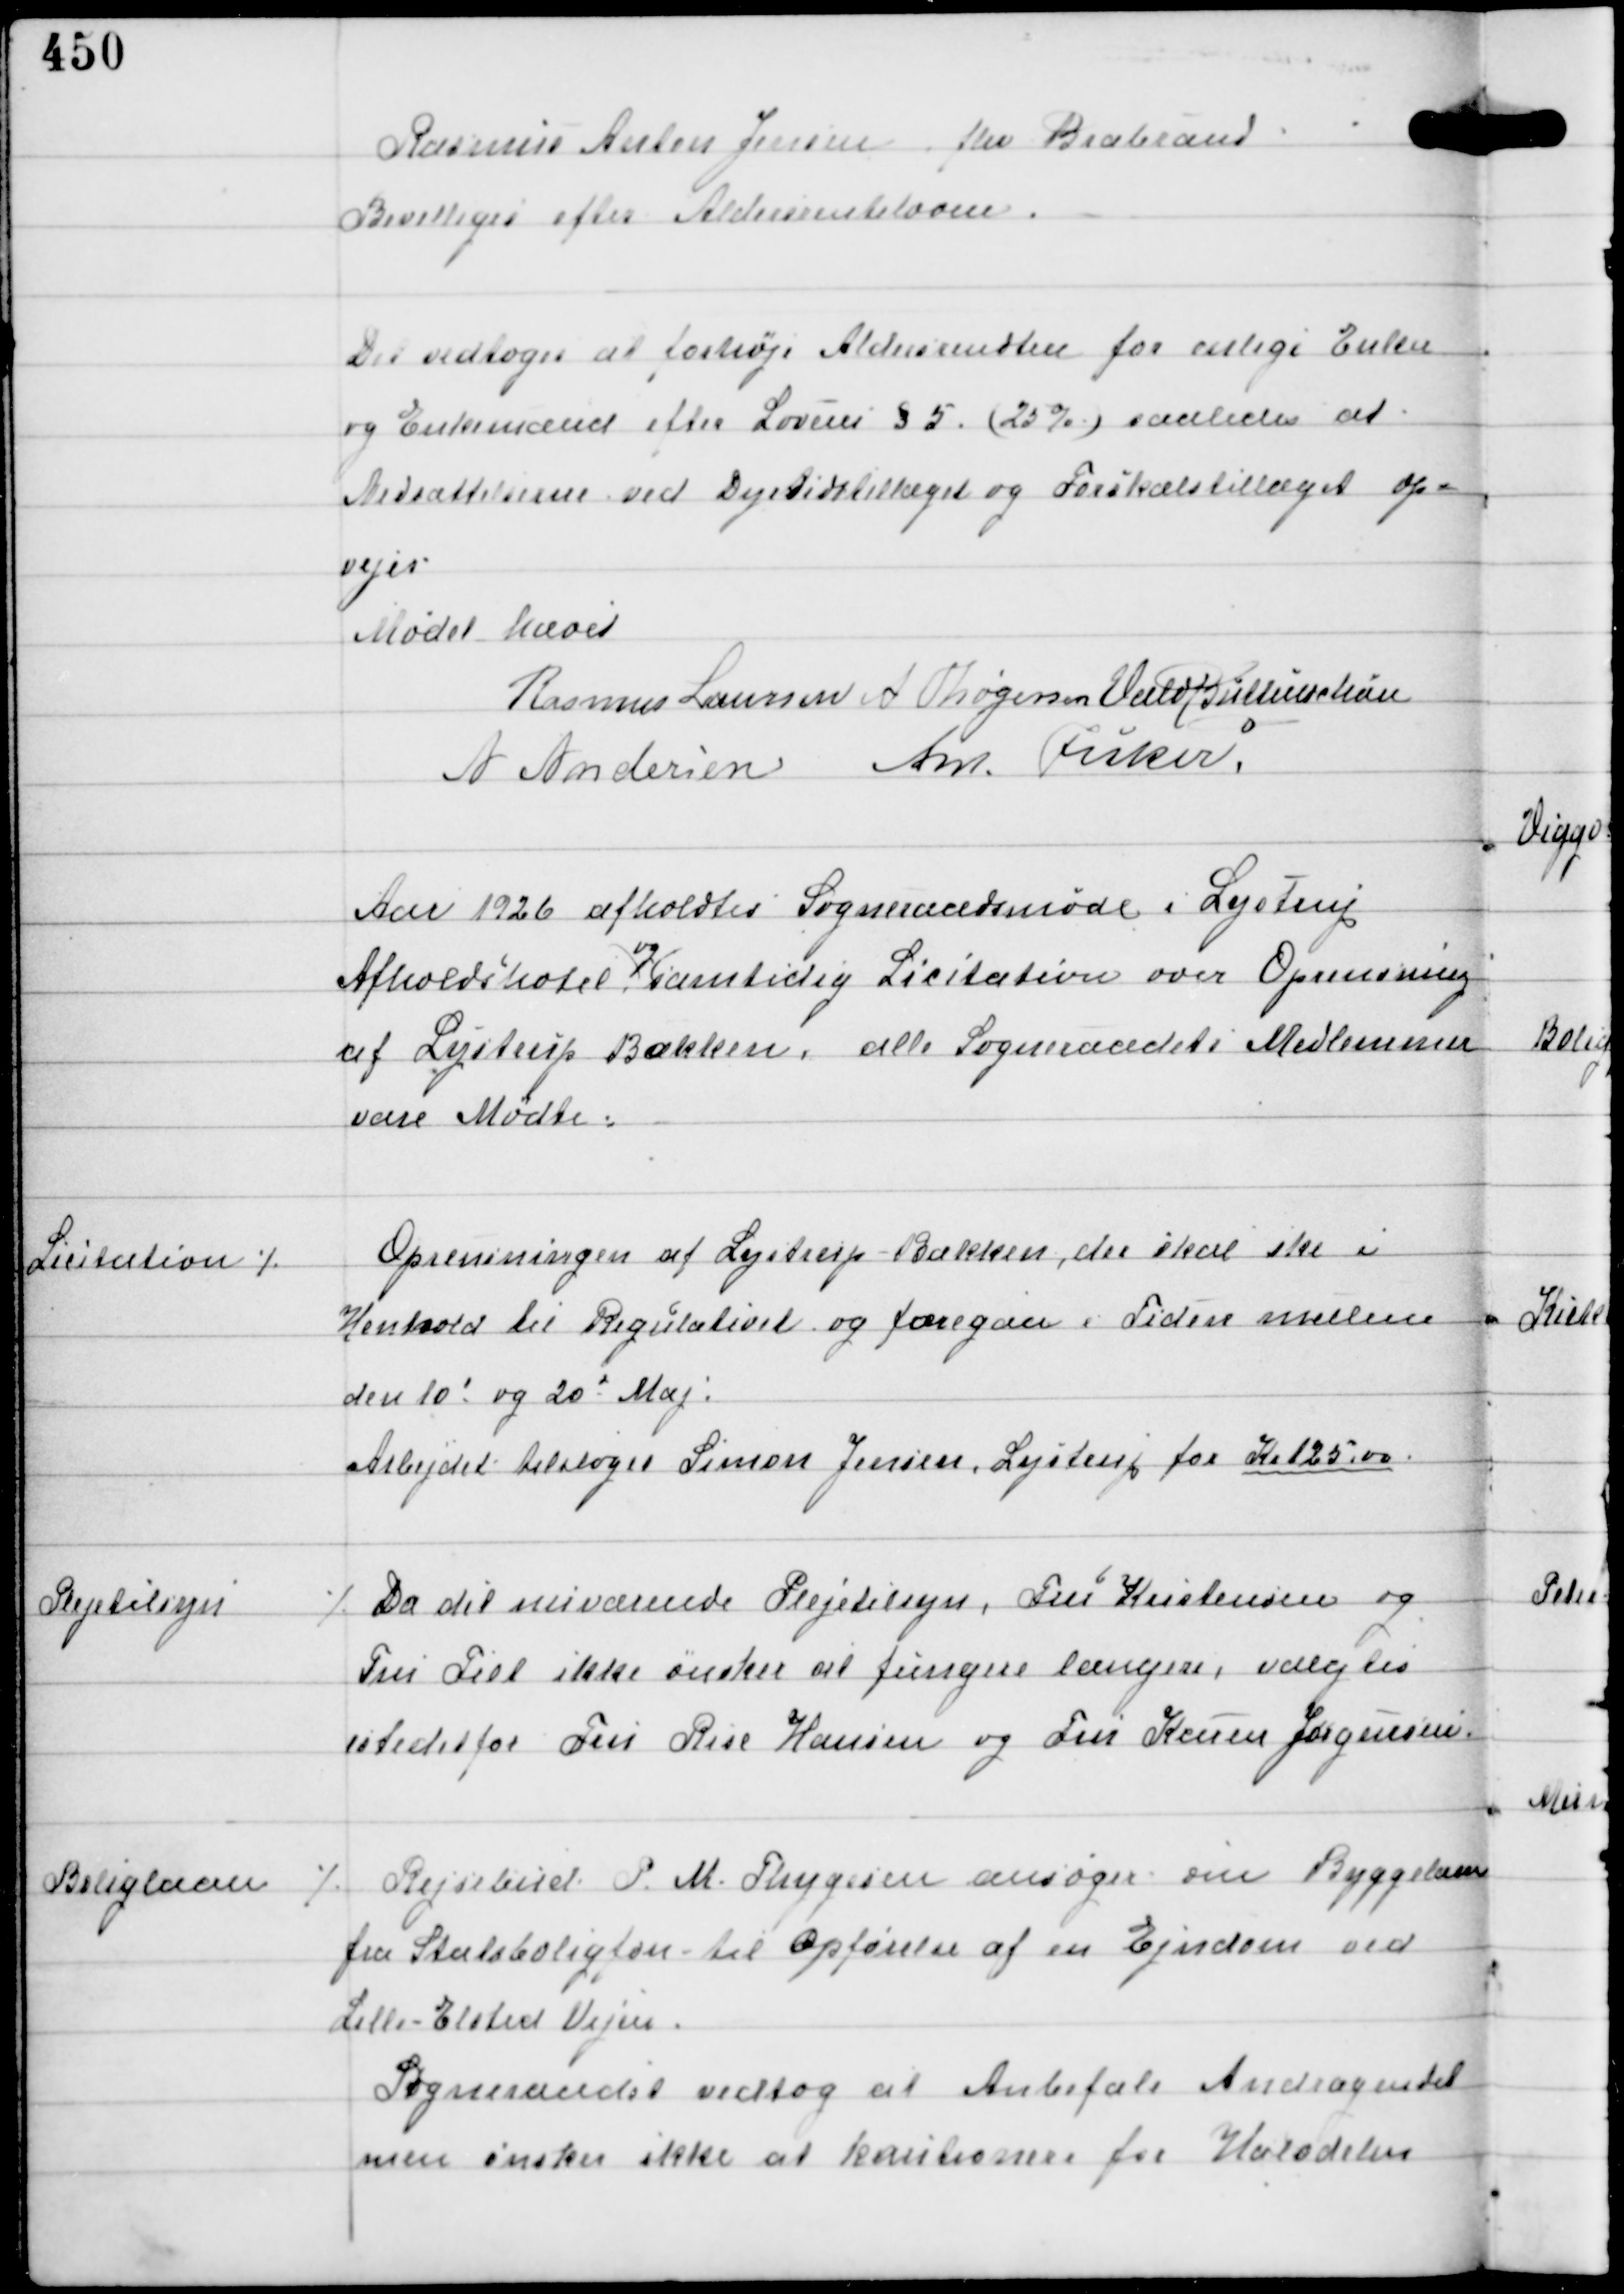
Transskription:
Rasmus Anton Jensen fra Brabrand
Bevilliges efter Aldersrenteloven.

Det vedtoges at forhøje Aldersrendten for enlige Enker
og Enkemænd efter Lovens §5 (25%) saaledes at
Nedsættelserne ved Dyrtidstillæget og Forskælstillæget op-
vejes.

Mødet hævet
Rasmus Laursen A Thøgersen Vald Buttenschøn
A Andersen Ant Fisker

Aar 1926 afholdtes Sogneraadsmøde i Lystrup
Afholdshotel
og
samtidig Licitation over Oprensning
af Lystrup Bækken, alle Sogneraadets Medlemmer
vare Mødte.

Licitation ⁒

Oprensningen af Lystrup - Bækken, der skal ske i
Henhold til Regulativet og foregaa i Tiden mellem
den 10d og 20d Maj.
Arbejdet tilsloges Simon Jensen, Lystrup for Kr 125,00

Plejetilsyn

⁒ Da det nuværende Plejetilsyn, Fru Kristensen og
Fru Fiel ikke ønsker at fungere længere, valgtes
istedetfor Fru Rise Hansen og Fru Karen Jørgensen

Boliglaan

⁒ Rejsebud P. M. Thygesen ansøger om Byggelaan
fra Statsboligfon til Opførelse af en Ejendom ved
Lille-Elsted Vejen.
Sogneraadet vedtog at Anbefale Andragendet
men ønsker ikke at kautionere for Halvdelen.